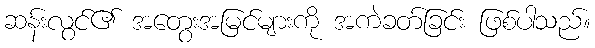
ဆန်းလွင်၏ အတွေးအမြင်များကို အကဲခတ်ခြင်း ဖြစ်ပါသည်။